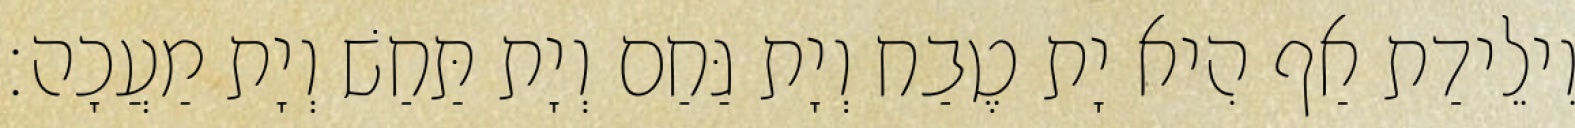
וִילֵידַת אַף הִיא יָת טֶבַח וְיָת גַּחַם וְיָת תַּחַשׁ וְיָת מַעֲכָה׃